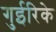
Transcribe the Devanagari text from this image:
गुईरिके